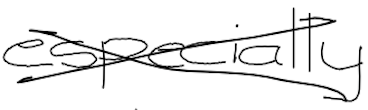
Text: especially
Cross-out: cross
Writing tool: digital_black